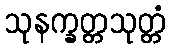
သုနက္ခတ္တသုတ္တံ